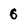
Character: 6